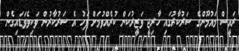
ރައީސް މައުމޫންގެ ސަރުކާރުގައި ހާރިޖީ ވަޒީރުކަން ކުރެއްވުމަށް ފަހު އެ ސަރުކާރުން ވަކިވެވަޑައިގެން